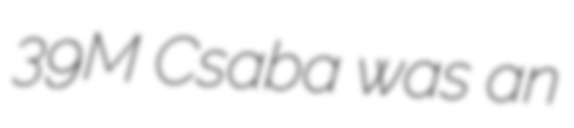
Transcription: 39M Csaba was an